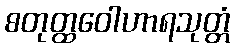
စတုတ္ထဝေါဟာရသုတ္တံ